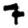
Digit: 7